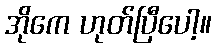
အိုကေ ဟုတ်ပြီပေါ့။